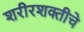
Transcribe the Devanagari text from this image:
शरीरशक्तीचे